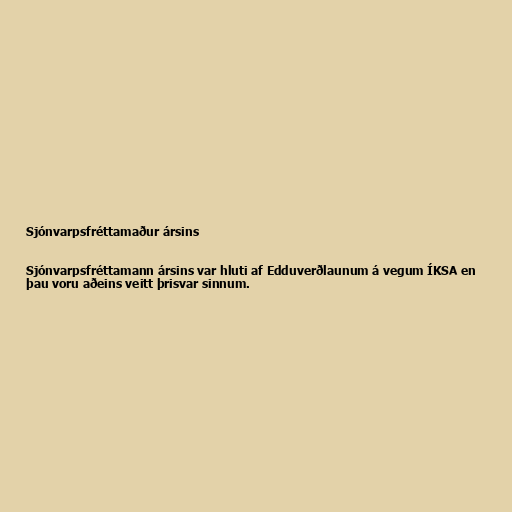
Sjónvarpsfréttamaður ársins

Sjónvarpsfréttamann ársins var hluti af Edduverðlaunum á vegum ÍKSA en
þau voru aðeins veitt þrisvar sinnum.